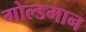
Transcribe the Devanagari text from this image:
गोल्डमान